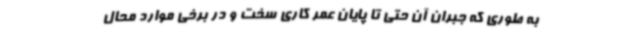
به طوری که جبران آن حتی تا پایان عمر کاری سخت و در برخی موارد محال